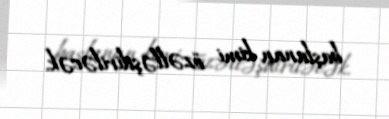
başlanan kimi özəlləşdiriləcək.